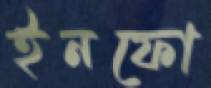
ইনফো